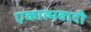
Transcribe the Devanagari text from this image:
एकात्मवादी